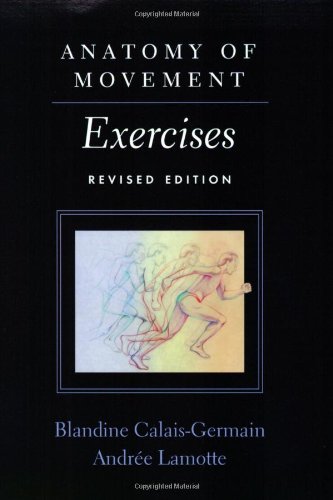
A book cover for Anatomy of Movement: Exercises (Revised Edition); Blandine Calais-Germain; Medical Books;